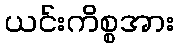
ယင်းကိစ္စအား